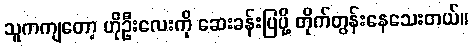
သူကကျတော့ ဟိုဦးလေးကို ဆေးခန်းပြပို့ တိုက်တွန်းနေသေးတယ်။